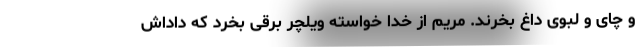
و چای و لبوی داغ بخرند. مریم از خدا خواسته ویلچر برقی بخرد که داداش